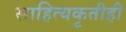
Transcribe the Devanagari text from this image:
साहित्यकृतीही